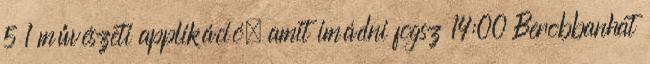
5 1 művészeti applikáció, amit imádni fogsz 14:00 Berobbanhat